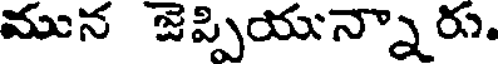
మున జెప్పియున్నారు.